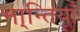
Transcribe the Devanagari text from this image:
भा्न्तियाँ